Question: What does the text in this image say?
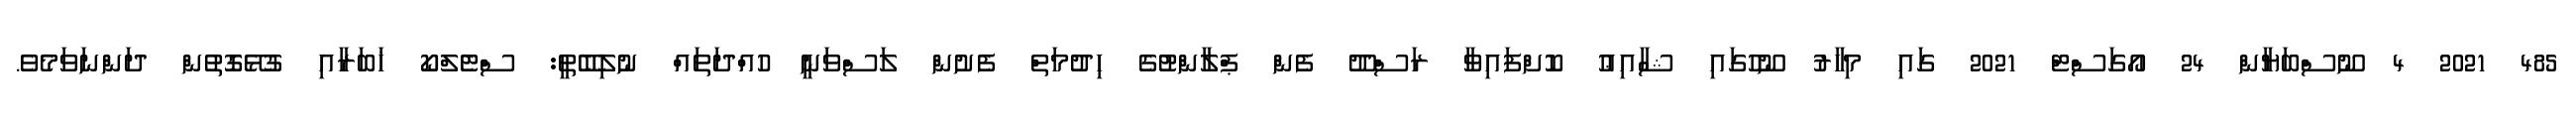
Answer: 485 2021 4 ނޫސްބަޔާން 24 އޯގަސްޓް 2021 ގައި މިހާރު ނޫހުގައި ޝާއިޢު ކޮށްފައިވާ ރަސްދޫ ފެން ޕްލާންޓުގެ ހިދުމަތް ފެށުން ލަސްވަނީ ހުއްދަތައް ނުލިބޭތީ: ސްޓެލްކޯ ޚަބަރާއި ގުޅޭގޮތުން ދަންނަވަމެވެ.